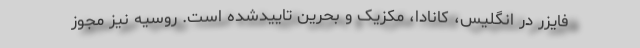
فایزر در انگلیس، کانادا، مکزیک و بحرین تاییدشده است. روسیه نیز مجوز